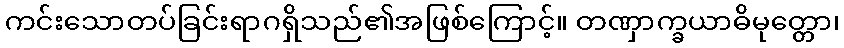
ကင်းသောတပ်ခြင်းရာဂရှိသည်၏အဖြစ်ကြောင့်။ တဏှာက္ခယာဓိမုတ္တော၊